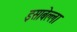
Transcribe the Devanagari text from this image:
इसाबेल्ला